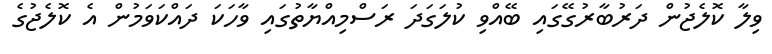
ވިލާ ކޮލެޖުން ދަރުބާރުގޭގައި ބޭއްވި ކުލަގަދަ ރަސްމިއްޔާތުގައި ވާހަކަ ދައްކަވަމުން އެ ކޮލެޖުގެ